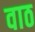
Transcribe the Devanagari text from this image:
वाठ